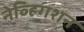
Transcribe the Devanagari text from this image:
नेव्हिगशन